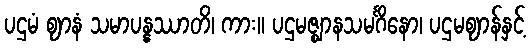
ပဌမံ ဈာနံ သမာပန္နဿာတိ၊ ကား။ ပဌမဇ္ဈာနသမင်္ဂိနော၊ ပဌမဈာန်နှင့်